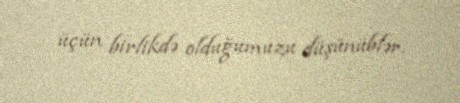
üçün birlikdə olduğumuzu düşünüblər.